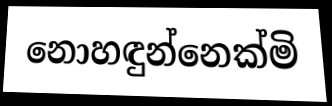
නොහඳුන්නෙක්මි